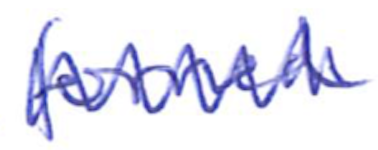
Text: formed
Cross-out: zig-zag
Writing tool: ballpoint